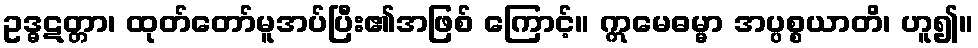
ဥဒ္ဓဋတ္တာ၊ ထုတ်တော်မူအပ်ပြီး၏အဖြစ် ကြောင့်။ ဣမေဓမ္မာ အပ္ပစ္စယာတိ၊ ဟူ၍။